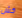
كش